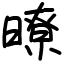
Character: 暸